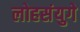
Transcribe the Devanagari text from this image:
लोहसंयुगे